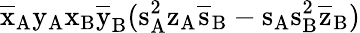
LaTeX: \mathrm{\overline{{x}}_{A}\mathrm{y_{A}\mathrm{x_{B}\mathrm{\overline{{y}}_{B}(\mathrm{s_{A}^{2}\mathrm{z_{A}\mathrm{\overline{{s}}_{B}-\mathrm{s_{A}\mathrm{s_{B}^{2}\mathrm{\overline{{z}}_{B})}}}}}}}}}}